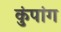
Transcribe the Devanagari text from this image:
कुंपांग